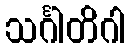
သင်္ဂါတိဂါ